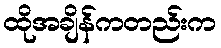
ထိုအချိန်ကတည်းက